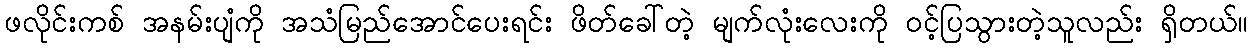
ဖလိုင်းကစ် အနမ်းပျံကို အသံမြည်အောင်ပေးရင်း ဖိတ်ခေါ်တဲ့ မျက်လုံးလေးကို ဝင့်ပြသွားတဲ့သူလည်း ရှိတယ်။